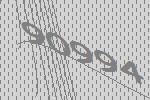
90994